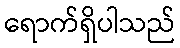
ရောက်ရှိပါသည်